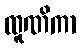
ထူဏိကာ